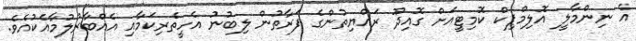
އެ ނިންމާލީ އޮލިމްޕިކް ކޮމިޓީއަށް ގޮއިދޫ ރައްޔިތުންގެ ފަރާތުން ލިބުނު އެހީތެރިކަމާއި އެއްބާރުލުމާއެކުއެވެ.